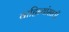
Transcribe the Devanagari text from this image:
वाहिन्यांसाठी